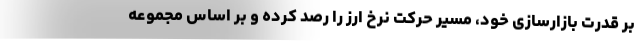
بر قدرت بازارسازی خود، مسیر حرکت نرخ ارز را رصد کرده و بر اساس مجموعه